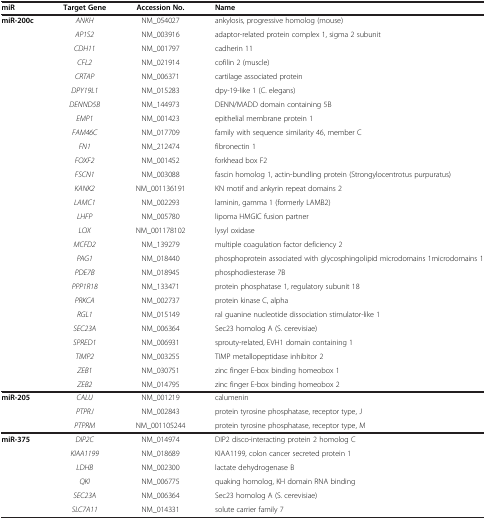
<table><thead><tr><td><b>miR</b></td><td><b>Target Gene</b></td><td><b>Accession No.</b></td><td><b>Name</b></td></tr></thead><tbody><tr><td><b>miR-200c</b></td><td><i>ANKH</i></td><td>NM_054027</td><td>ankylosis, progressive homolog (mouse)</td></tr><tr><td> </td><td><i>AP1S2</i></td><td>NM_003916</td><td>adaptor-related protein complex 1, sigma 2 subunit</td></tr><tr><td> </td><td><i>CDH11</i></td><td>NM_001797</td><td>cadherin 11</td></tr><tr><td> </td><td><i>CFL2</i></td><td>NM_021914</td><td>cofilin 2 (muscle)</td></tr><tr><td> </td><td><i>CRTAP</i></td><td>NM_006371</td><td>cartilage associated protein</td></tr><tr><td> </td><td><i>DPY19L1</i></td><td>NM_015283</td><td>dpy-19-like 1 (C. elegans)</td></tr><tr><td> </td><td><i>DENND5B</i></td><td>NM_144973</td><td>DENN/MADD domain containing 5B</td></tr><tr><td> </td><td><i>EMP1</i></td><td>NM_001423</td><td>epithelial membrane protein 1</td></tr><tr><td> </td><td><i>FAM46C</i></td><td>NM_017709</td><td>family with sequence similarity 46, member C</td></tr><tr><td> </td><td><i>FN1</i></td><td>NM_212474</td><td>fibronectin 1</td></tr><tr><td> </td><td><i>FOXF2</i></td><td>NM_001452</td><td>forkhead box F2</td></tr><tr><td> </td><td><i>FSCN1</i></td><td>NM_003088</td><td>fascin homolog 1, actin-bundling protein (Strongylocentrotus purpuratus)</td></tr><tr><td> </td><td><i>KANK2</i></td><td>NM_001136191</td><td>KN motif and ankyrin repeat domains 2</td></tr><tr><td> </td><td><i>LAMC1</i></td><td>NM_002293</td><td>laminin, gamma 1 (formerly LAMB2)</td></tr><tr><td> </td><td><i>LHFP</i></td><td>NM_005780</td><td>lipoma HMGIC fusion partner</td></tr><tr><td> </td><td><i>LOX</i></td><td>NM_001178102</td><td>lysyl oxidase</td></tr><tr><td> </td><td><i>MCFD2</i></td><td>NM_139279</td><td>multiple coagulation factor deficiency 2</td></tr><tr><td> </td><td><i>PAG1</i></td><td>NM_018440</td><td>phosphoprotein associated with glycosphingolipid microdomains 1microdomains 1</td></tr><tr><td> </td><td><i>PDE7B</i></td><td>NM_018945</td><td>phosphodiesterase 7B</td></tr><tr><td> </td><td><i>PPP1R18</i></td><td>NM_133471</td><td>protein phosphatase 1, regulatory subunit 18</td></tr><tr><td> </td><td><i>PRKCA</i></td><td>NM_002737</td><td>protein kinase C, alpha</td></tr><tr><td> </td><td><i>RGL1</i></td><td>NM_015149</td><td>ral guanine nucleotide dissociation stimulator-like 1</td></tr><tr><td> </td><td><i>SEC23A</i></td><td>NM_006364</td><td>Sec23 homolog A (S. cerevisiae)</td></tr><tr><td> </td><td><i>SPRED1</i></td><td>NM_006931</td><td>sprouty-related, EVH1 domain containing 1</td></tr><tr><td> </td><td><i>TIMP2</i></td><td>NM_003255</td><td>TIMP metallopeptidase inhibitor 2</td></tr><tr><td> </td><td><i>ZEB1</i></td><td>NM_030751</td><td>zinc finger E-box binding homeobox 1</td></tr><tr><td> </td><td><i>ZEB2</i></td><td>NM_014795</td><td>zinc finger E-box binding homeobox 2</td></tr><tr><td><b>miR-205</b></td><td><i>CALU</i></td><td>NM_001219</td><td>calumenin</td></tr><tr><td> </td><td><i>PTPRJ</i></td><td>NM_002843</td><td>protein tyrosine phosphatase, receptor type, J</td></tr><tr><td> </td><td><i>PTPRM</i></td><td>NM_001105244</td><td>protein tyrosine phosphatase, receptor type, M</td></tr><tr><td><b>miR-375</b></td><td><i>DIP2C</i></td><td>NM_014974</td><td>DIP2 disco-interacting protein 2 homolog C</td></tr><tr><td> </td><td><i>KIAA1199</i></td><td>NM_018689</td><td>KIAA1199, colon cancer secreted protein 1</td></tr><tr><td> </td><td><i>LDHB</i></td><td>NM_002300</td><td>lactate dehydrogenase B</td></tr><tr><td> </td><td><i>QKI</i></td><td>NM_006775</td><td>quaking homolog, KH domain RNA binding</td></tr><tr><td> </td><td><i>SEC23A</i></td><td>NM_006364</td><td>Sec23 homolog A (S. cerevisiae)</td></tr><tr><td> </td><td><i>SLC7A11</i></td><td>NM_014331</td><td>solute carrier family 7</td></tr></tbody></table>